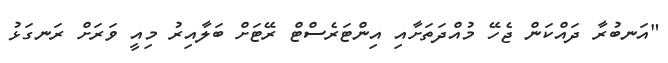
"އަނބުރާ ދައްކަން ޖެހޭ މުއްދަތަށާއި އިންޓަރެސްޓް ރޭޓަށް ބަލާއިރު މިއީ ވަރަށް ރަނގަޅު